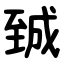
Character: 臹